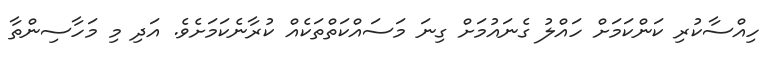
ހިއްސާކުރި ކަންކަމަށް ހައްލު ގެނައުމަށް ގިނަ މަސައްކަތްތަކެއް ކުރާނެކަމަށެވެ. އަދި މި މަހާސިންތާ